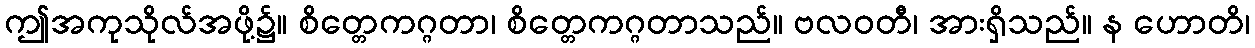
ဤအကုသိုလ်အဖို့၌။ စိတ္တေကဂ္ဂတာ၊ စိတ္တေကဂ္ဂတာသည်။ ဗလဝတီ၊ အားရှိသည်။ န ဟောတိ၊